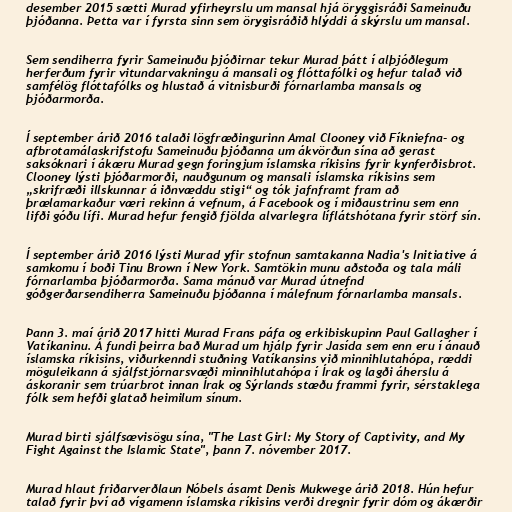
desember 2015 sætti Murad yfirheyrslu um mansal hjá öryggisráði Sameinuðu
þjóðanna. Þetta var í fyrsta sinn sem örygisráðið hlýddi á skýrslu um mansal.

Sem sendiherra fyrir Sameinuðu þjóðirnar tekur Murad þátt í alþjóðlegum
herferðum fyrir vitundarvakningu á mansali og flóttafólki og hefur talað við
samfélög flóttafólks og hlustað á vitnisburði fórnarlamba mansals og
þjóðarmorða.

Í september árið 2016 talaði lögfræðingurinn Amal Clooney við Fíkniefna- og
afbrotamálaskrifstofu Sameinuðu þjóðanna um ákvörðun sína að gerast
saksóknari í ákæru Murad gegn foringjum íslamska ríkisins fyrir kynferðisbrot.
Clooney lýsti þjóðarmorði, nauðgunum og mansali íslamska ríkisins sem
„skrifræði illskunnar á iðnvæddu stigi“ og tók jafnframt fram að
þrælamarkaður væri rekinn á vefnum, á Facebook og í miðaustrinu sem enn
lifði góðu lífi. Murad hefur fengið fjölda alvarlegra líflátshótana fyrir störf sín.

Í september árið 2016 lýsti Murad yfir stofnun samtakanna Nadia's Initiative á
samkomu í boði Tinu Brown í New York. Samtökin munu aðstoða og tala máli
fórnarlamba þjóðarmorða. Sama mánuð var Murad útnefnd
góðgerðarsendi­herra Sam­einuðu þjóðanna í mál­efn­um fórn­ar­lamba man­sals.

Þann 3. maí árið 2017 hitti Murad Frans páfa og erkibiskupinn Paul Gallagher í
Vatíkaninu. Á fundi þeirra bað Murad um hjálp fyrir Jasída sem enn eru í ánauð
íslamska ríkisins, viðurkenndi stuðning Vatíkansins við minnihlutahópa, ræddi
möguleikann á sjálfstjórnarsvæði minnihlutahópa í Írak og lagði áherslu á
áskoranir sem trúarbrot innan Írak og Sýrlands stæðu frammi fyrir, sérstaklega
fólk sem hefði glatað heimilum sínum.

Murad birti sjálfsævisögu sína, "The Last Girl: My Story of Captivity, and My
Fight Against the Islamic State", þann 7. nóvember 2017.

Murad hlaut friðarverðlaun Nóbels ásamt Denis Mukwege árið 2018. Hún hefur
talað fyrir því að vígamenn íslamska ríkisins verði dregnir fyrir dóm og ákærðir